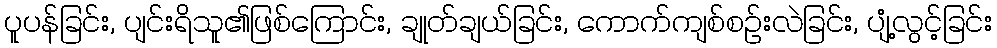
ပူပန်ခြင်း, ပျင်းရိသူ၏ဖြစ်ကြောင်း, ချုတ်ချယ်ခြင်း, ကောက်ကျစ်စဉ်းလဲခြင်း, ပျံ့လွင့်ခြင်း